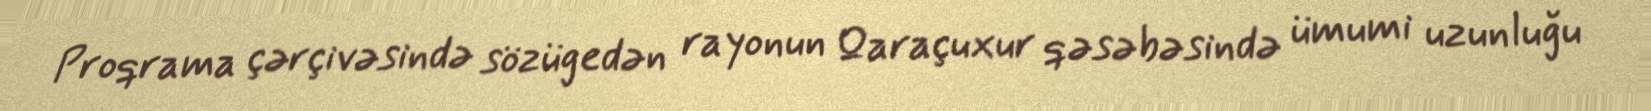
Proqrama çərçivəsində sözügedən rayonun Qaraçuxur qəsəbəsində ümumi uzunluğu